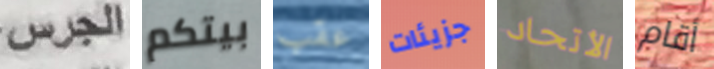
الجرس بيتكم عقب جزيئات الأتحاد أقام